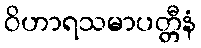
ဝိဟာရသမာပတ္တီနံ